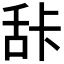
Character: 𰯽